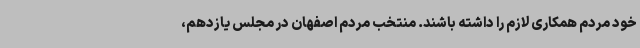
خود مردم همکاری لازم را داشته باشند. منتخب مردم اصفهان در مجلس یازدهم،